Lunatic asylums in Bengal annual reports 1912-1924 - 1912-1924
Year: 1912
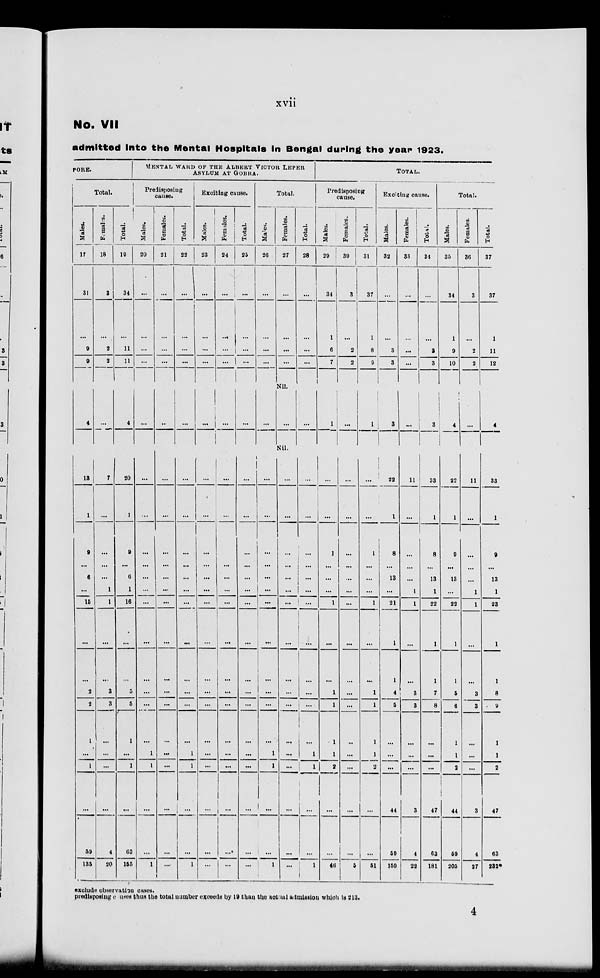
xvii
No. VII
admitted into the Mental Hospitals in Bengal during the year 1923.
PORE.
Total.
Males.
17
31
...
9
9
...
4
13
1
9
...
6
...
15
...
...
2
2
1
...
1
...
59
135
Females.
18
3
...
2
2
...
...
7
...
...
...
...
1
1
...
...
3
3
...
...
...
...
4
20
Total.
19
34
...
11
11
...
4
20
1
9
...
6
1
16
...
...
5
5
1
...
1
...
63
155
MENTAL WARD OF THE ALBERT VICTOR LEPER
ASYLUM AT GOBRA.
Predisposing
cause.
Males.
20
...
...
...
...
...
...
...
...
...
...
...
...
...
...
...
...
...
...
1
1
...
...
1
Females.
21
...
...
...
...
...
...
...
...
...
...
...
...
...
...
...
...
...
...
...
...
...
...
...
Total.
22
...
...
...
...
...
...
...
...
...
...
...
...
...
...
...
...
...
...
1
1
...
...
1
Exciting cause.
Males.
23
...
...
...
...
...
...
...
...
...
...
...
...
...
...
...
...
...
...
...
...
...
...
...
Females.
24
...
...
...
...
...
...
...
...
...
...
...
...
...
...
...
...
...
...
...
...
...
...
...
Total.
25
...
...
...
...
...
...
...
...
...
...
...
...
...
...
...
...
...
...
...
...
...
...
...
Total.
Males.
26
...
...
...
...
...
...
...
...
...
...
...
...
...
...
...
...
...
...
1
1
...
...
1
Females.
27
...
...
...
...
Nil.
...
Nil.
...
...
...
...
...
...
...
...
...
...
...
...
...
...
...
...
...
Total.
28
...
...
...
...
...
...
...
...
...
...
...
...
...
...
...
...
...
...
1
1
...
...
1
TOTAL.
Predisposing
cause.
Males.
29
34
1
6
7
...
1
...
...
1
...
...
...
1
...
...
1
1
1
1
2
...
...
46
Females.
30
3
...
2
2
...
...
...
...
...
...
...
...
...
...
...
...
...
...
...
...
...
...
5
Total.
31
37
1
8
8
...
1
...
...
1
...
...
...
1
...
...
1
1
1
1
2
...
...
51
Exciting cause.
Males.
32
...
...
3
3
...
3
22
1
8
...
13
...
21
1
1
4
5
...
...
...
44
59
159
Females.
33
...
...
...
...
...
...
11
...
...
...
...
1
1
...
...
3
3
...
...
...
3
4
22
Total.
34
...
...
3
3
...
3
33
1
8
...
13
1
22
1
1
7
8
...
...
...
47
63
181
Total.
Males.
35
34
1
9
10
...
4
22
1
9
...
13
...
22
1
1
5
6
1
1
2
44
59
205
Females.
36
3
...
2
2
...
...
11
...
...
...
...
1
1
...
...
3
3
...
...
...
3
4
27
Total.
37
37
1
11
12
...
4
33
1
9
...
13
1
23
1
1
8
9
1
1
2
47
63
232*
exclude observation cases.
predisposing causes thus the total number exceeds by 19 than the actual admission which is 213.
4